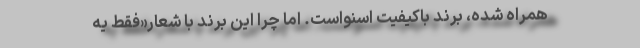
همراه شده، برند باکیفیت اسنواست. اما چرا این برند با شعار«فقط یه